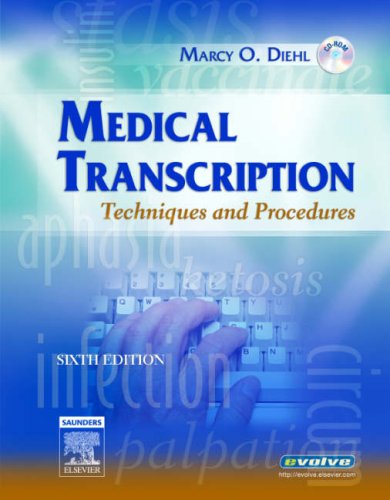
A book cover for Medical Transcription: Techniques and Procedures, 6e; Marcy O. Diehl BVE  CMA-A  CMT  AHDI-F; Medical Books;